NAE_EAOK_eestikeelsed_sunnimeetrikad, lk 200
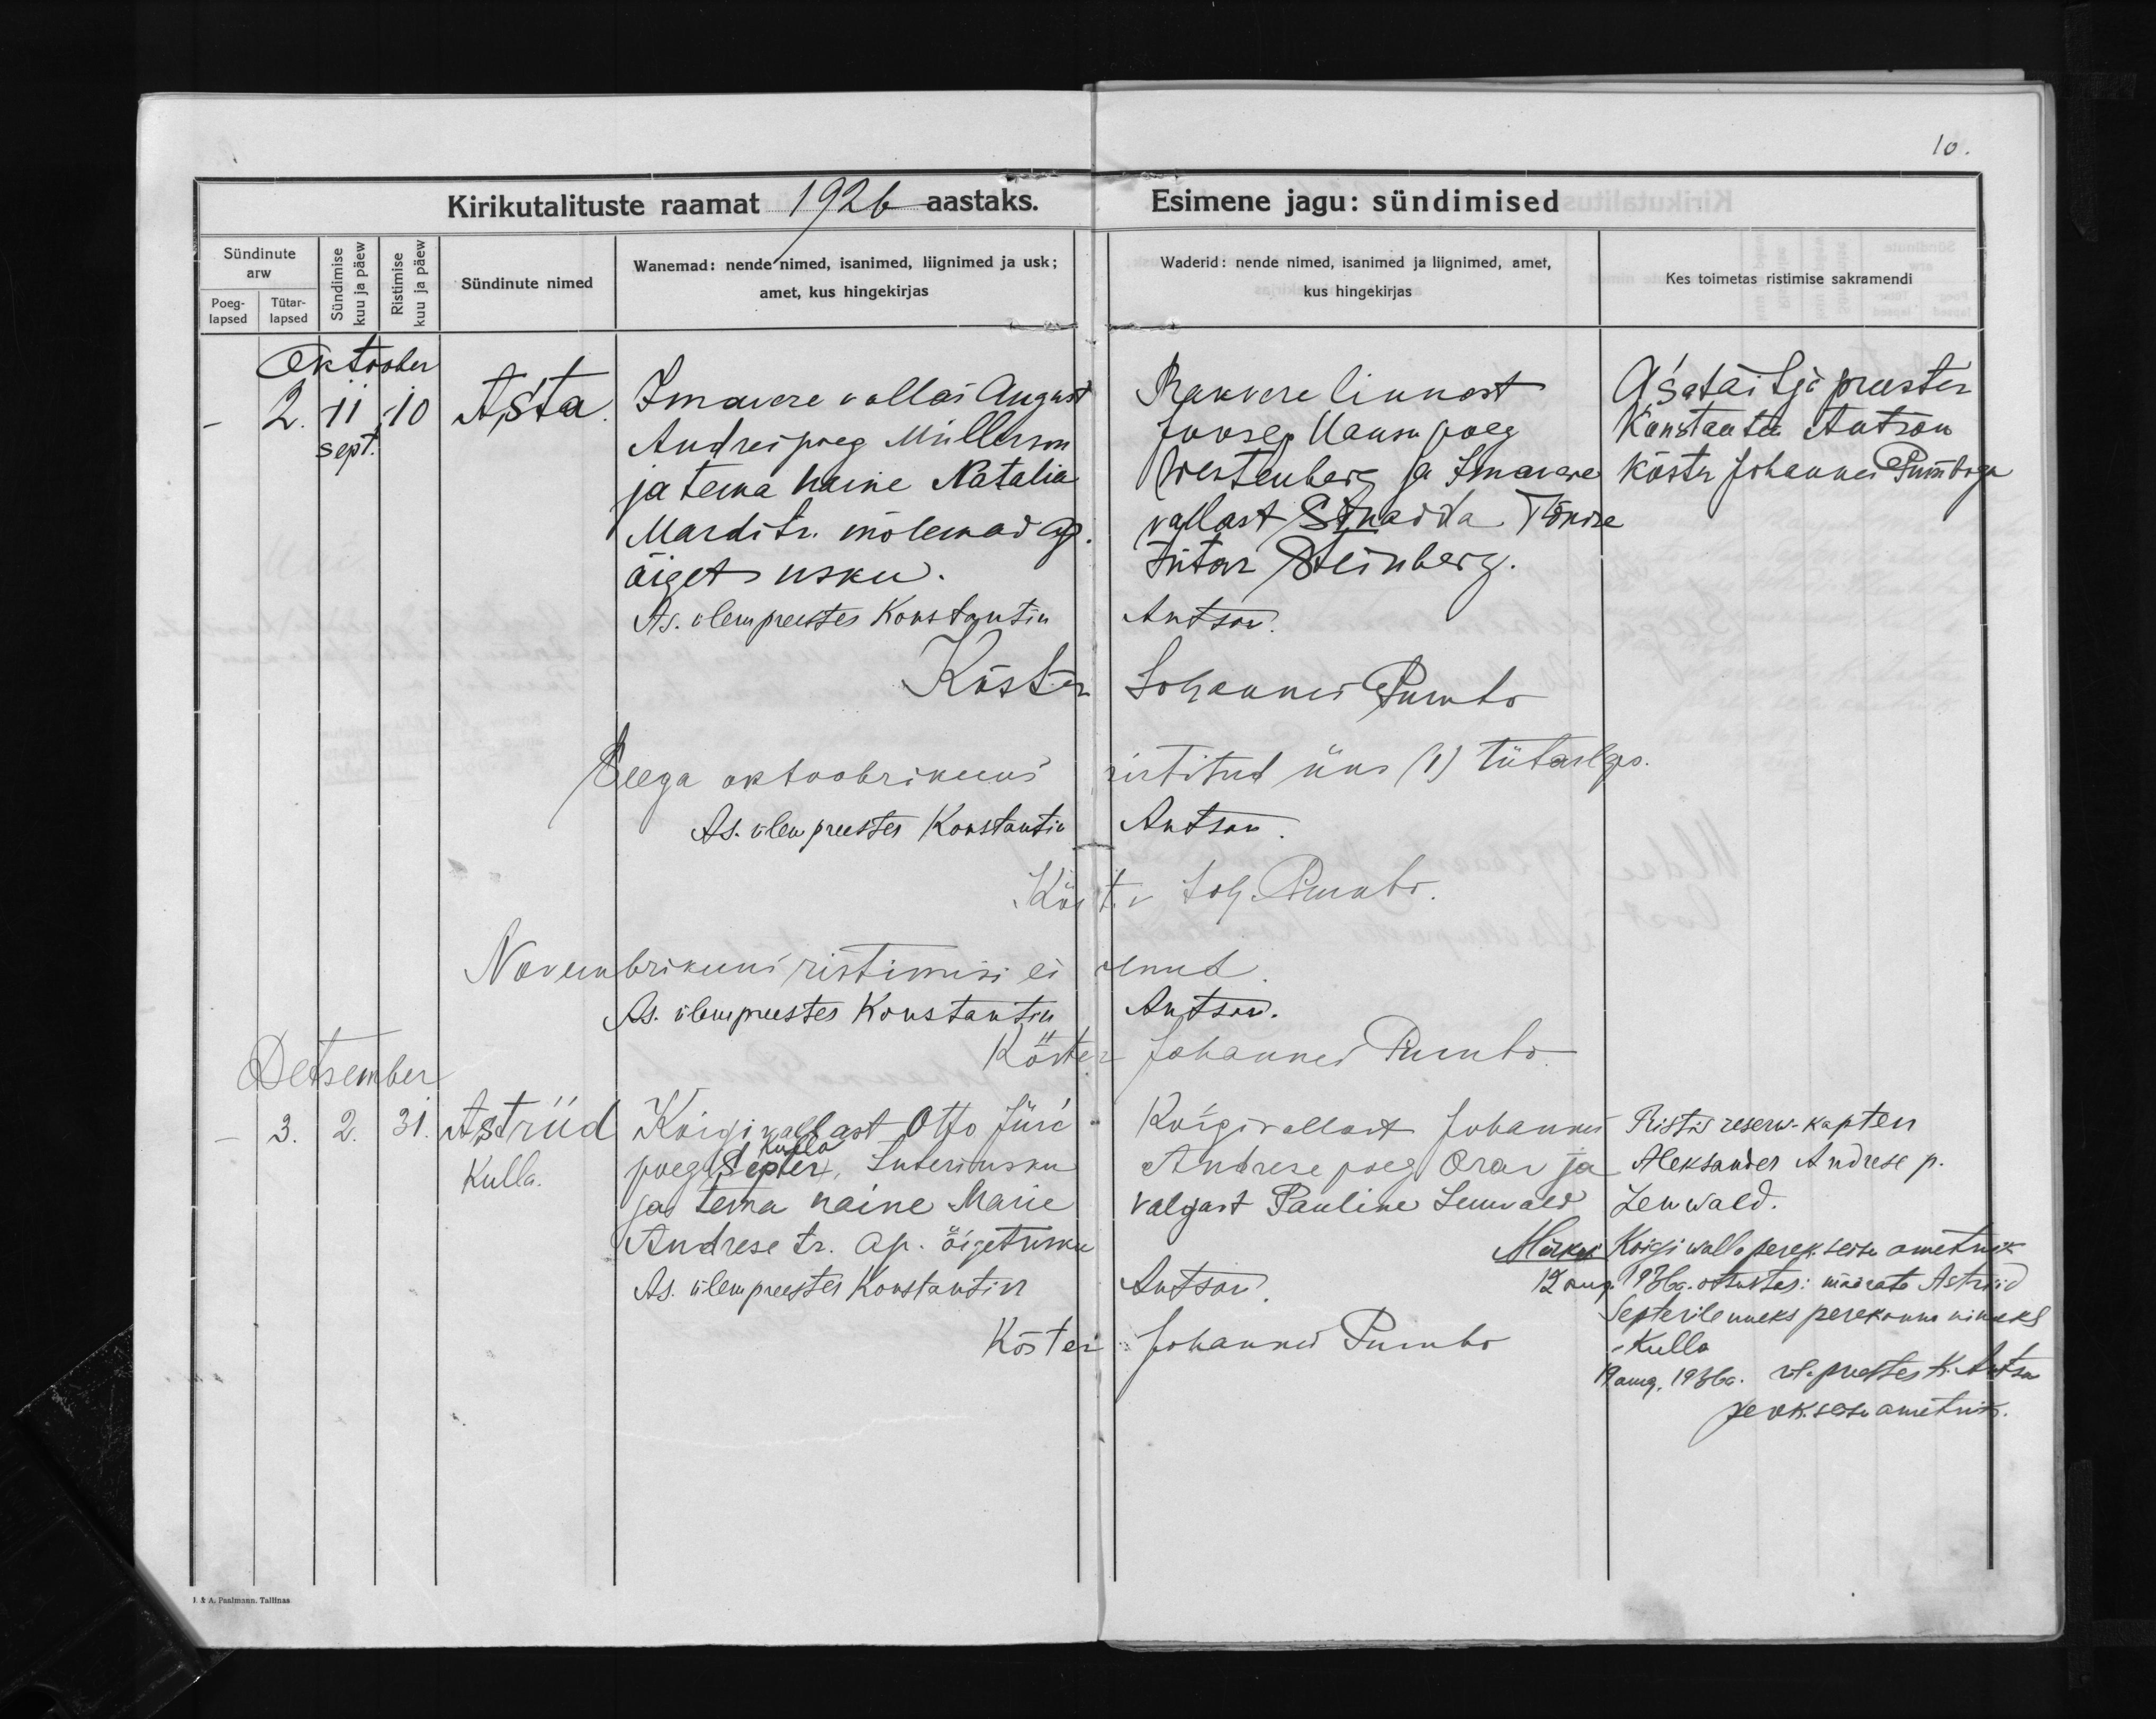
Asta

Astriid
Kulla

Imavere vallas August
Andrei poeg Müllerson
ja tema naine Natalia
Martdi tr. mõlemad ap.
õiget usku.

Koigi vallast Otto Jüri
Kulla
poeg (Septer), luteri usku 
ja tema naine Marie
Andrese tr. ap. õigetusku